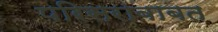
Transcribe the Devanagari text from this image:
परिसराबाबत